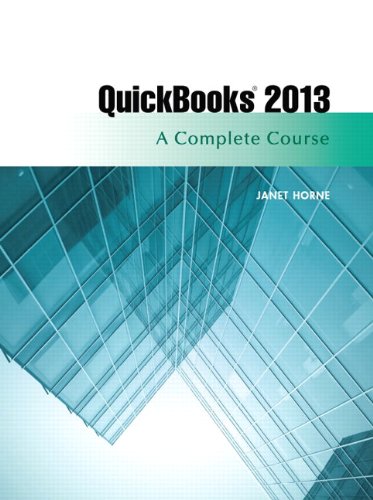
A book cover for QuickBooks 2013: A Complete Course (14th Edition); Janet Horne; Computers & Technology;